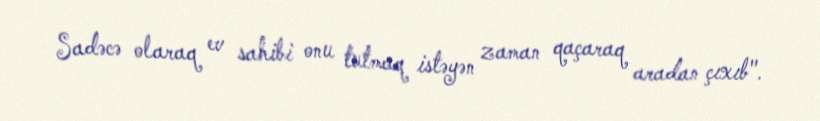
Sadəcə olaraq ev sahibi onu tutmaq istəyən zaman qaçaraq aradan çıxıb".